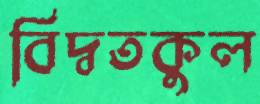
বিদ্বতকুল